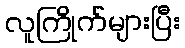
လူကြိုက်များပြီး